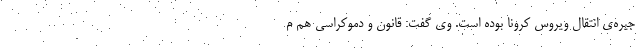
جیره‌ی انتقال ویروس کرونا بوده است. وی گفت: قانون و دموکراسی هم م